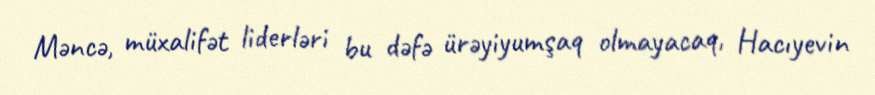
Məncə, müxalifət liderləri bu dəfə ürəyiyumşaq olmayacaq, Hacıyevin